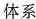
体系